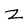
Character: z